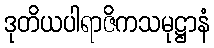
ဒုတိယပါရာဇိကသမုဋ္ဌာနံ